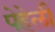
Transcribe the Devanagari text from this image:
पेहेली